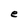
Character: e